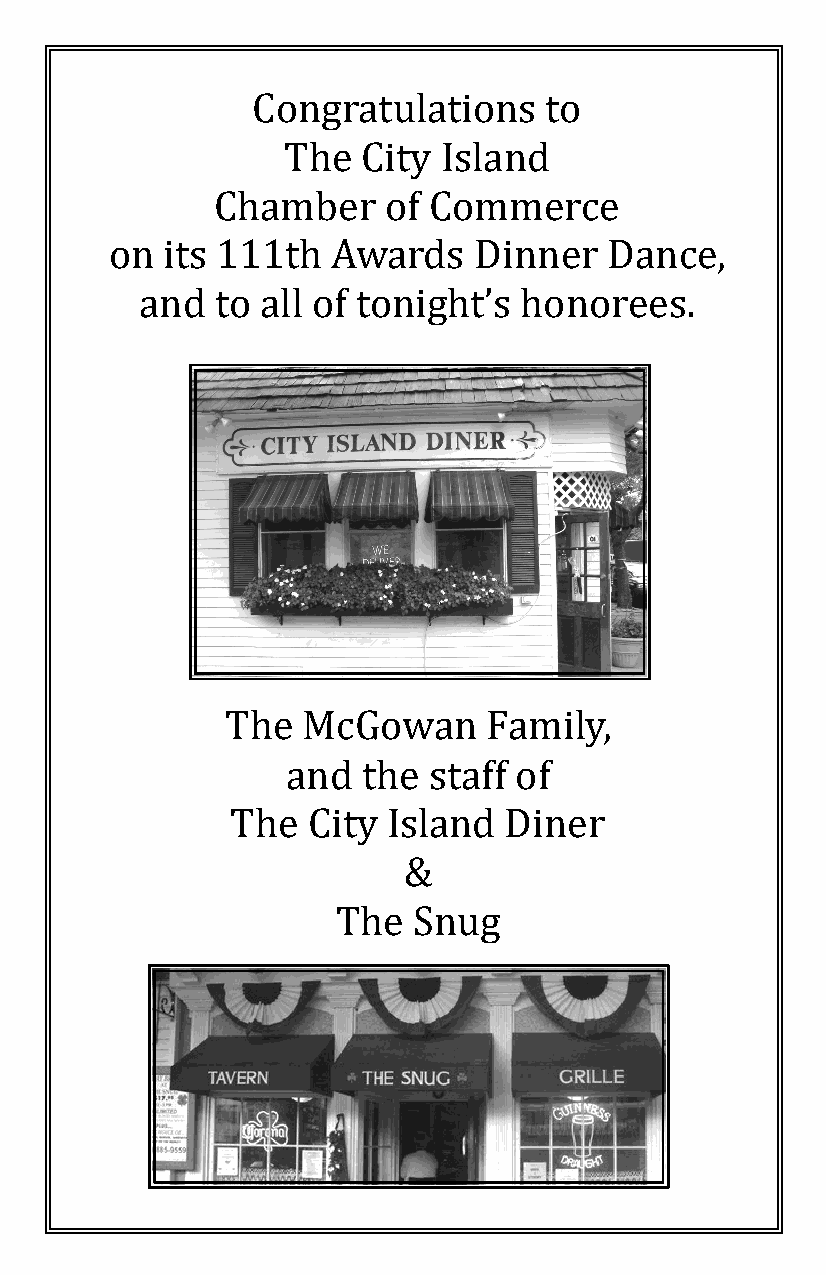
Congratulations    to
 The  City Island
 Chamber    of Commerce
 on  its 111th  Awards   Dinner   Dance,
 and  to all of tonight’s honorees.
 The  McGowan     Family,
 and  the staff of
 The  City  Island Diner
 &
 The  Snug